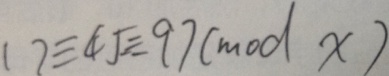
1 7 \equiv 4 5 \equiv 9 7 ( m o d x )